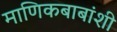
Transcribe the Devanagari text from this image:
माणिकबाबांशी